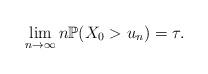
LaTeX: \begin{align*}\lim_{n\to\infty}n\mathbb{P}(X_0>u_n) = \tau.\end{align*}